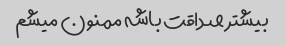
بیشتر صداقت باشه ممنون میشم